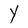
Character: Y